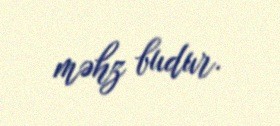
məhz budur.